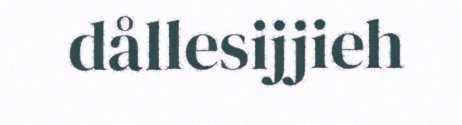
dållesijjieh